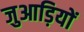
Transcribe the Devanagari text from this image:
जुआड़ियों